Civil Veterinary Dept. Bombay admin report 1932-41 - 1932-1941
Year: 1932
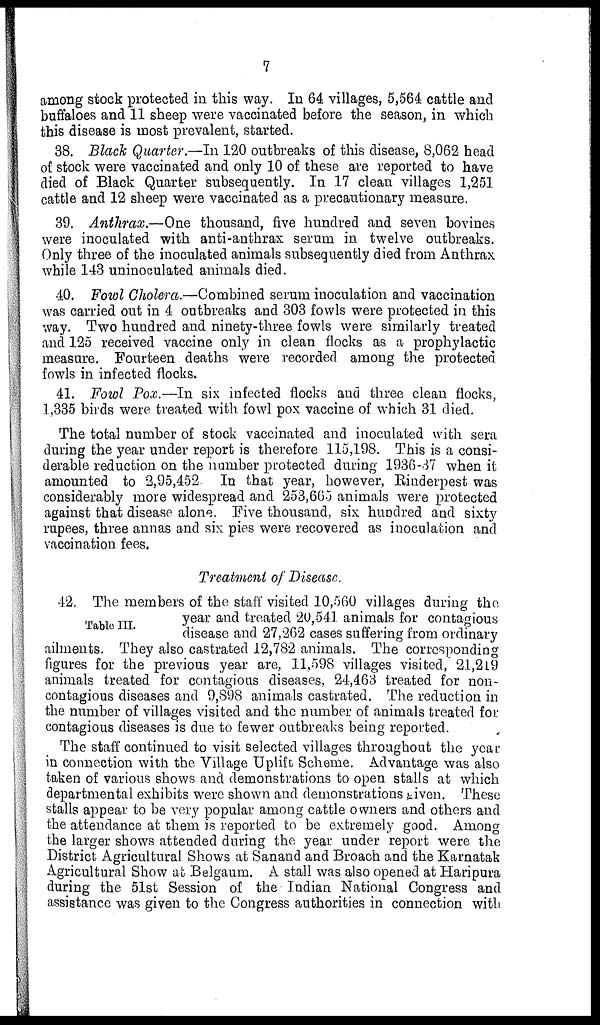
7
among stock protected in this way. In 64 villages, 5,564 cattle and
buffaloes and 11 sheep were vaccinated before the season, in which
this disease is most prevalent, started.
38. Black Quarter.—In 120 outbreaks of this disease, 8,062 head
of stock were vaccinated and only 10 of these are reported to have
died of Black Quarter subsequently. In 17 clean villages 1,251
cattle and 12 sheep were vaccinated as a precautionary measure.
39. Anthrax.—One thousand, five hundred and seven bovines
were inoculated with anti-anthrax serum in twelve outbreaks.
Only three of the inoculated animals subsequently died from Anthrax
while 143 uninoculated animals died.
40. Fowl Cholera.—Combined serum inoculation and vaccination
was carried out in 4 outbreaks and 303 fowls were protected in this
way. Two hundred and ninety-three fowls were similarly treated
and 125 received vaccine only in clean flocks as a prophylactic
measure. Fourteen deaths were recorded among the protected
fowls in infected flocks.
41. Fowl Pox.—In six infected flocks and three clean flocks,
1,335 birds were treated with fowl pox vaccine of which 31 died.
The total number of stock vaccinated and inoculated with sera
during the year under report is therefore 115,198. This is a consi-
derable reduction on the number protected during 1936-37 when it
amounted to 2,95,452. In that year, however, Rinderpest was
considerably more widespread and 253,665 animals were protected
against that disease alone. Five thousand, six hundred and sixty
rupees, three annas and six pies were recovered as inoculation and
vaccination fees.
Treatment of Disease.
Table III.
42. The members of the staff visited 10,560 villages during the
year and treated 20,541 animals for contagious
disease and 27,262 cases suffering from ordinary
ailments. They also castrated 12,782 animals. The corresponding
figures for the previous year are, 11,598 villages visited, 21,219
animals treated for contagious diseases, 24,463 treated for non-
contagious diseases and 9,898 animals castrated. The reduction in
the number of villages visited and the number of animals treated for
contagious diseases is due to fewer outbreaks being reported.
The staff continued to visit selected villages throughout the year
in connection with the Village Uplift Scheme. Advantage was also
taken of various shows and demonstrations to open stalls at which
departmental exhibits were shown and demonstrations given. These
stalls appear to be very popular among cattle owners and others and
the attendance at them is reported to be extremely good. Among
the larger shows attended during the year under report were the
District Agricultural Shows at Sanand and Broach and the Karnatak
Agricultural Show at Belgaum. A stall was also opened at Haripura
during the 51st Session of the Indian National Congress and
assistance was given to the Congress authorities in connection with